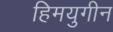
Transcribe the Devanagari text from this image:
हिमयुगीन